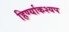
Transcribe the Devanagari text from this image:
हिर्ण्याकश्यप